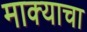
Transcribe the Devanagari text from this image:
माक्याचा